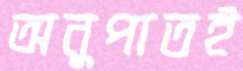
অনুপাতই